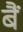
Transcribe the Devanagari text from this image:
बैं